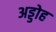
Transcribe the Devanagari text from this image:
अड्डोह